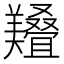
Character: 𱻔